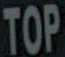
TOP